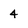
Character: 4